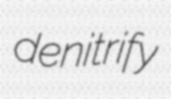
denitrify